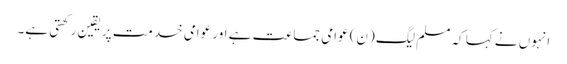
انہوں نے کہا کہ مسلم لیگ (ن) عوامی جماعت ہے اور عوامی خدمت پر یقین رکھتی ہے۔